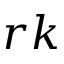
r k